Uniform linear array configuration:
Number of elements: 48
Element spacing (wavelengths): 0.25
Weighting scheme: binomial
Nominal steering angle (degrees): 60
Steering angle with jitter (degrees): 58.411
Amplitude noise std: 0.05
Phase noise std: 0.05

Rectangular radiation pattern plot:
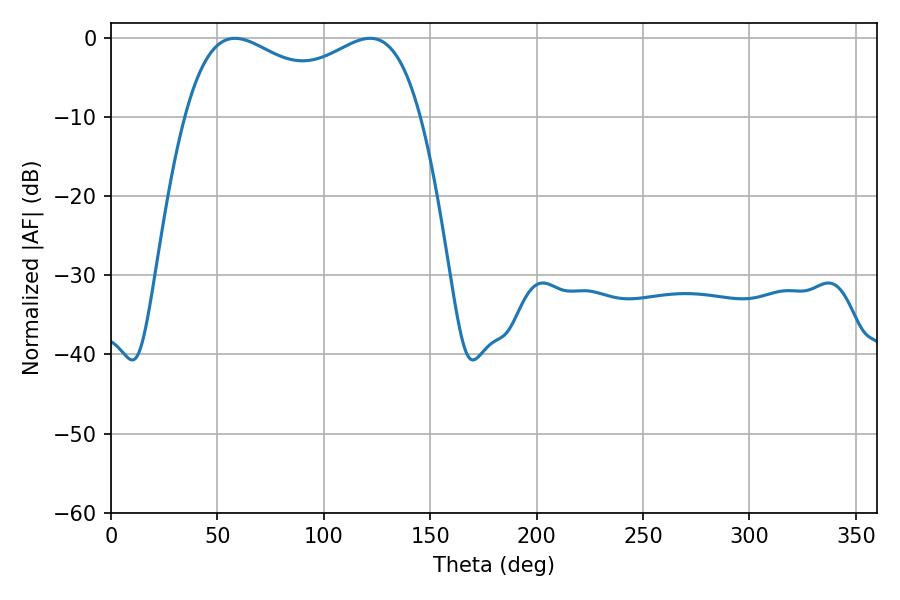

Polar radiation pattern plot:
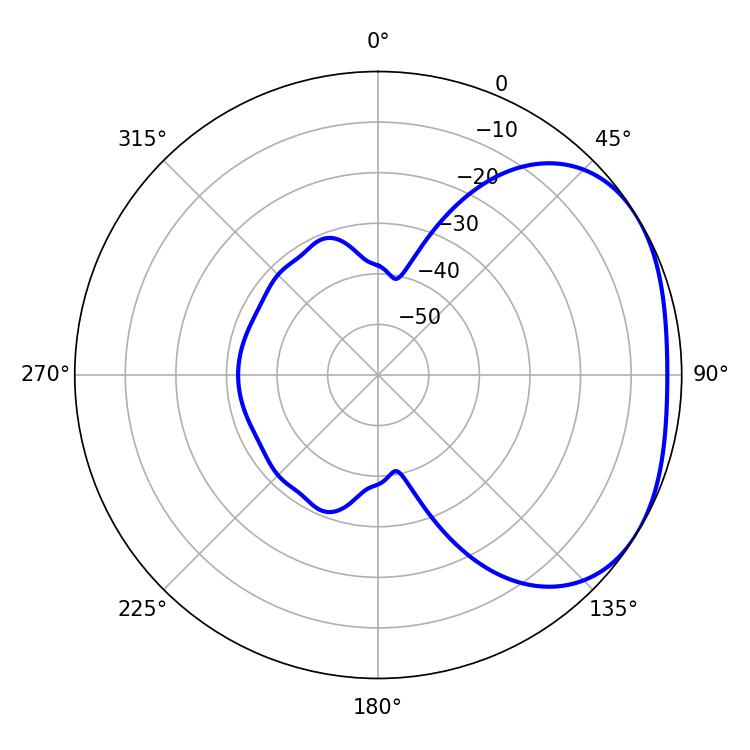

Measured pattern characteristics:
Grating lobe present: FALSE
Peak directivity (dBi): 2.443
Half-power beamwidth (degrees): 91.8
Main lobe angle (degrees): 58.32